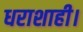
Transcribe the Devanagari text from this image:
धराशाही।